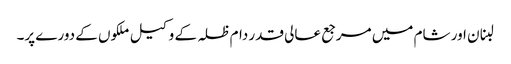
لبنان اور شام میں مرجع عالی قدر دام ظلہ کے وکیل ملکوں کے دورے پر۔